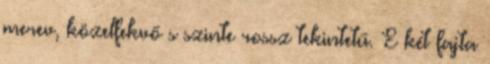
merev, közelfekvő s szinte rossz tekintetű. E két fajta